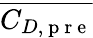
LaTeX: \overline{{C_{D,\mathrm{~p~r~e~}}}}